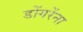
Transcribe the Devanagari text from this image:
डोंगरेंना